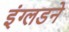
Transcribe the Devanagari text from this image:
इंग्लडने